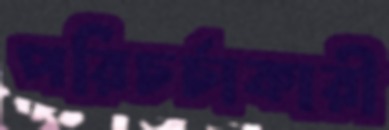
পরিচর্চাকারী